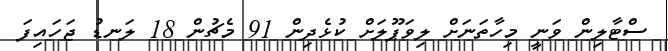
ސްޓާލިން ވަނީ މިހާތަނަށް ލިވަޕޫލަށް ކުޅެދިން 91 މެޗުން 18 ލަނޑު ޖަހައިފަ